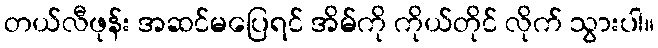
တယ်လီဖုန်း အဆင်မပြေရင် အိမ်ကို ကိုယ်တိုင် လိုက် သွားပါ။